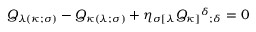
Q _ { \lambda ( \kappa ; \sigma ) } - Q _ { \kappa ( \lambda ; \sigma ) } + \eta _ { \sigma [ \lambda } Q _ { \kappa ] } { ^ \delta } _ { ; \delta } = 0